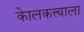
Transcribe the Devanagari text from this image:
केालकत्त्याला